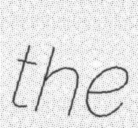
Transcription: the